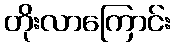
တိုးလာကြောင်း